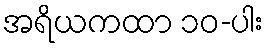
အရိယကထာ ၁၀-ပါး